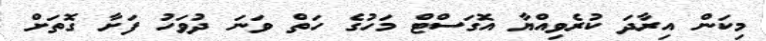
މިކަން އިރާދަ ކުރެވިއްޔާ އޮގަސްޓް މަހުގެ ހަތް ވަނަ ދުވަހު ފަށާ ގޮތަށް